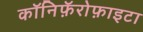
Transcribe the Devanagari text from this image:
कॉनिफ़ॅरोफ़ाइटा